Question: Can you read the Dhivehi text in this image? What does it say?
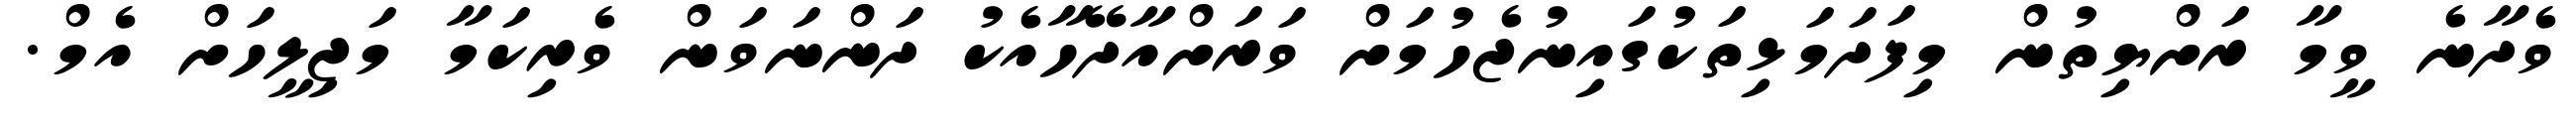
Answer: ވެދާނެ ވީމާ ރަށްޔިތުން މިފަދަމަޅިތަކުގައިނުޖެހުމަށް ވަރަށްއާދޭހާއެކު ދަންނަވަން ވެރިކަމާ މަޖިލީހަށް އެމް.